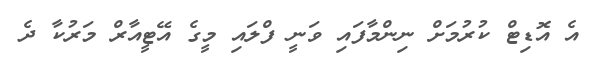
އެ އޮޑިޓް ކުރުމަށް ނިންމާފައި ވަނީ ފްލައި މީގެ އޭޓީއާރް މަރުކާ ދެ